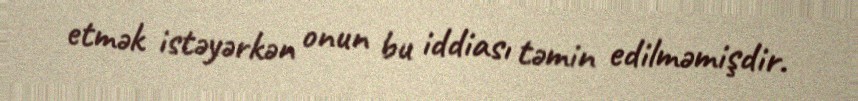
etmək istəyərkən onun bu iddiası təmin edilməmişdir.